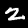
Digit: 2